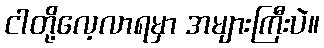
ငါတို့လေ့လာရမှာ အများကြီးပဲ။